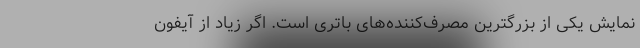
نمایش یکی از بزرگترین مصرف‌کننده‌های باتری است. اگر زیاد از آیفون